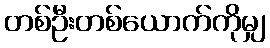
တစ်ဦးတစ်ယောက်ကိုမျှ